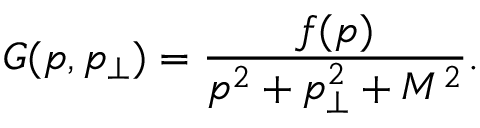
G ( p , p _ { \perp } ) = \frac { f ( p ) } { p ^ { 2 } + p _ { \perp } ^ { 2 } + M ^ { 2 } } .